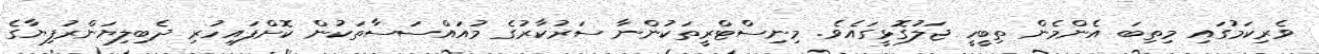
ވެރިކަމުގައި މިތިބަ އެންމެން ތިބީހީ ޖަލުގޮޅީގައެވެ. މިނިސްޓްރީތަކުންނާ ސަރުކާރުގެ މުއައްސަސާތަކުން ކޮށްފައިހުރި ދެބިލިޔަންރުފިޔާގެ